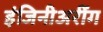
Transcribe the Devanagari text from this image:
इंजिनीअरींग